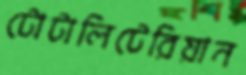
টোটালিটেরিয়ান